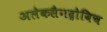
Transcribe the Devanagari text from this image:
अलेकसैनद्रोविच